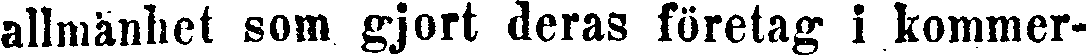
allmänhet som gjort deras företag i kommer-